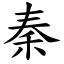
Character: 秦